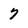
Character: 7